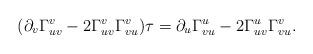
LaTeX: \begin{align*} (\partial_v\Gamma_{uv}^v-2\Gamma_{uv}^v\Gamma_{vu}^v)\tau=\partial_u\Gamma_{vu}^u-2\Gamma_{uv}^u\Gamma_{vu}^v.\end{align*}